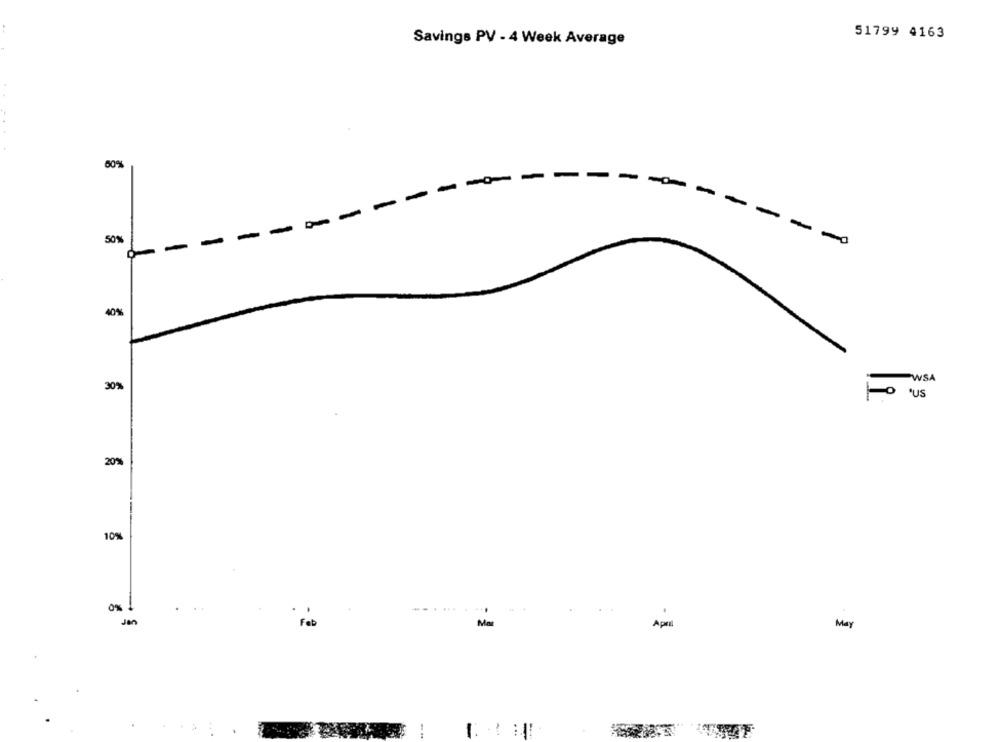
51799 4163
Savings PV - 4 Week Average
50%
-
-
-
-
-
-
50%
-
-
40%%
WSA
30%
·US
20%
10%
0% !
......
Jan
For
Mat
May
Apr